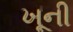
ખૂની